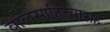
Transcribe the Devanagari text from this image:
बालसाहित्यासह